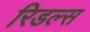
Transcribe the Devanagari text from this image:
रिडल्स